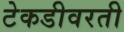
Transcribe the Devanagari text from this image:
टेकडीवरती